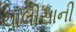
ચાલીસાની